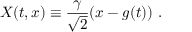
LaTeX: X ( t , x ) \equiv { \frac { \gamma } { \sqrt { 2 } } } ( x - g ( t ) ) \ .